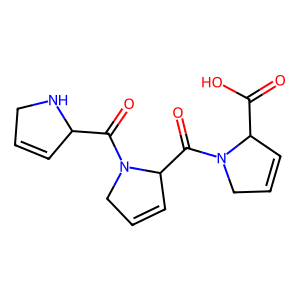
SMILES: O=C(O)C1C=CCN1C(=O)C1C=CCN1C(=O)C1C=CCN1
Inhibits HIV replication: No